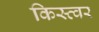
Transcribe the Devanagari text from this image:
किस्त्वर